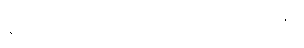
နူးညံ့သိမ်မွေ့သည်သာဖြစ်ကြောင်း ရှင်းပြခန်း။